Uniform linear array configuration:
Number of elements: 8
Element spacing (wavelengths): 1
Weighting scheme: binomial
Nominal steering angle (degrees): -30
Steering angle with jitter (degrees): -29.849
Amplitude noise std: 0.05
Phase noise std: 0.05

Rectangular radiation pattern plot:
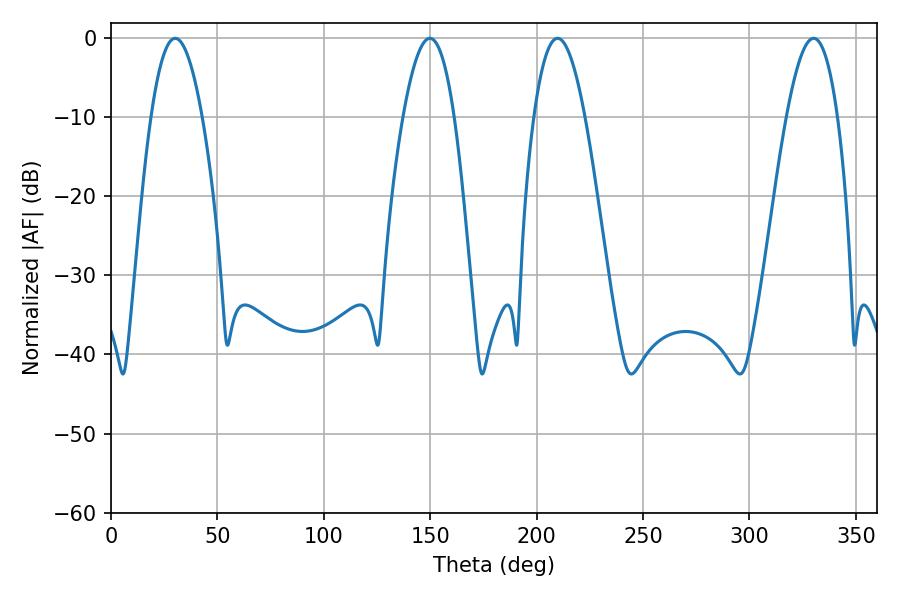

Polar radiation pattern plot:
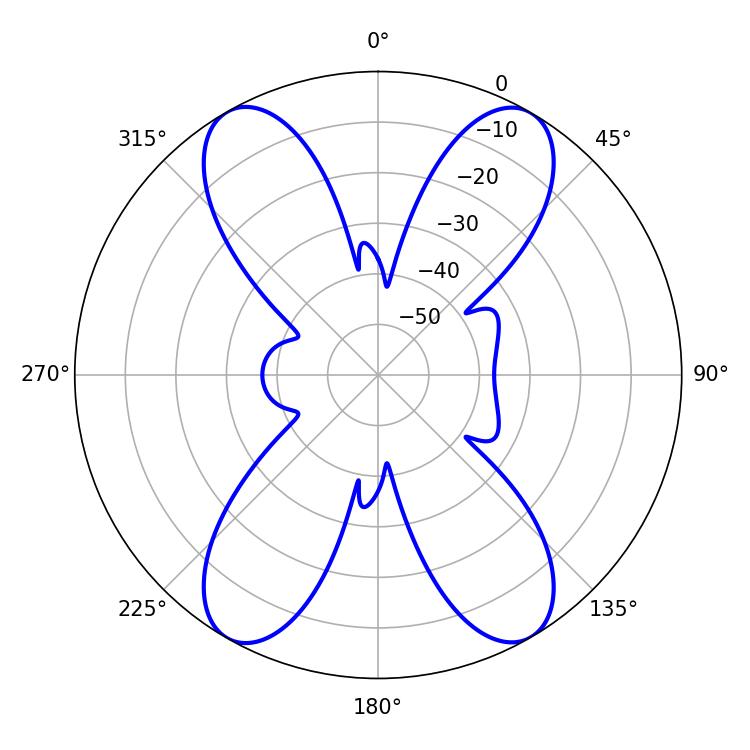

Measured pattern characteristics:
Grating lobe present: TRUE
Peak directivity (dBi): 30.402
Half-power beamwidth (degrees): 13.14
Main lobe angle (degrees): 209.88